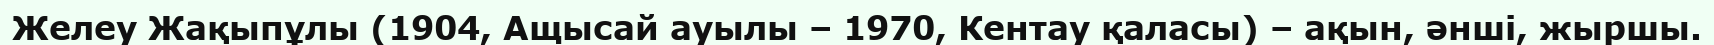
Желеу Жақыпұлы (1904, Ащысай ауылы – 1970, Кентау қаласы) – ақын, әнші, жыршы.